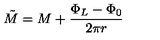
\tilde { M } = M + \frac { \Phi _ { L } - \Phi _ { 0 } } { 2 \pi r }